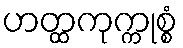
ဟတ္ထကုက္ကုစ္စံ